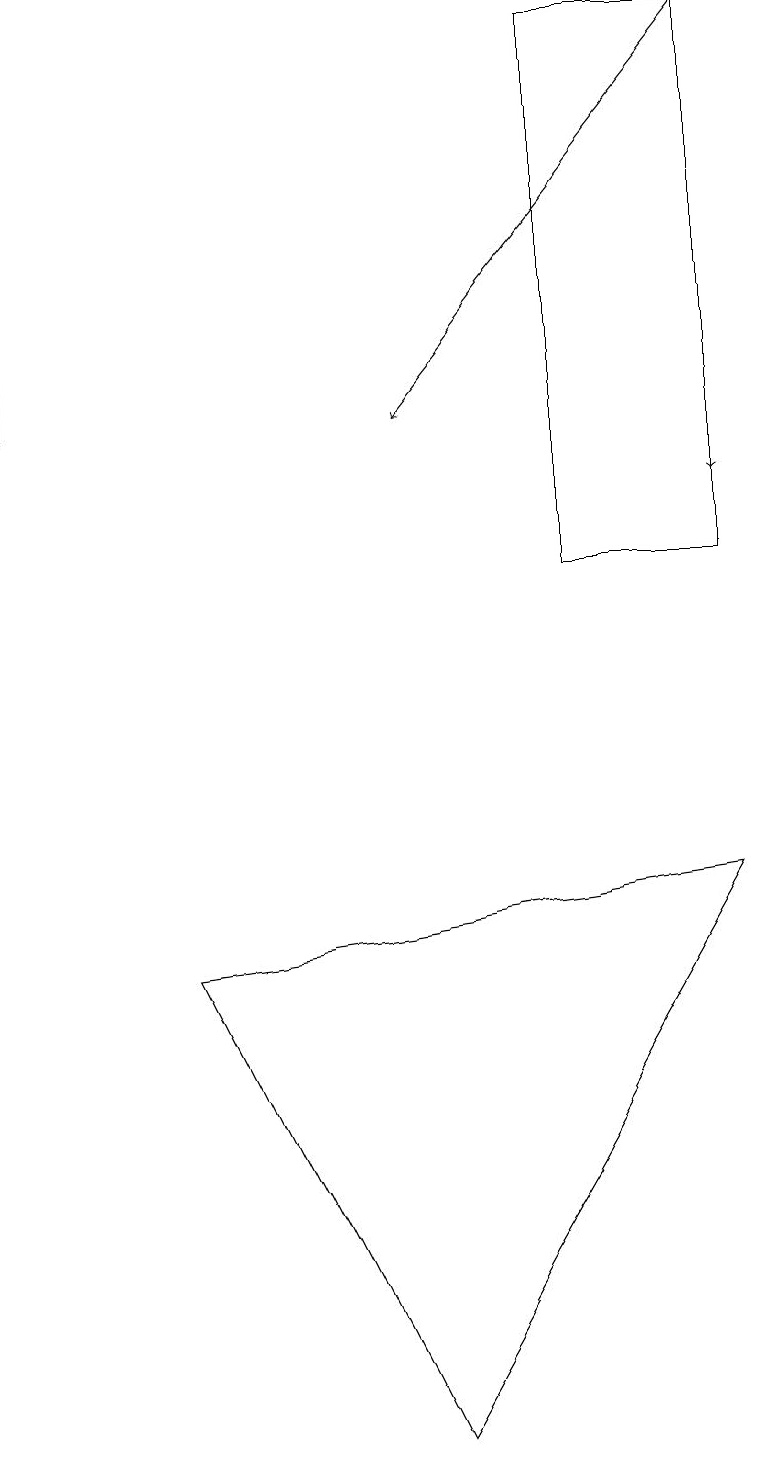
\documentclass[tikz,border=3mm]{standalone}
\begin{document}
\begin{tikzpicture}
\draw (9,8) -- (5,1) -- (2,7) -- cycle;
\draw (7,12) rectangle (9,19);
\draw[->] (0,15) -- (0,16);
\draw[->] (9,18) -- (9,13);
\draw (0,19) rectangle (0,14);
\draw[->] (9,19) -- (5,14);
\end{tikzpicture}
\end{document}